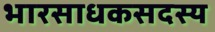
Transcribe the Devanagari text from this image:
भारसाधकसदस्य